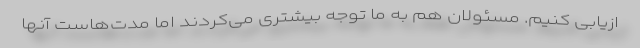
ازیابی کنیم. مسئولان هم به ما توجه بیشتری می‌کردند اما مدت‌هاست آنها